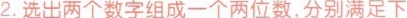
2.选出两个数字组成一个两位数，分别满足下